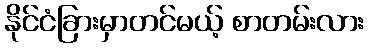
နိုင်ငံခြားမှာတင်မယ့် စာတမ်းလား